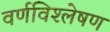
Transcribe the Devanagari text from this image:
वर्णविश्लेषण